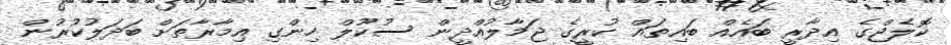
ކޮލެޖްގެ އިދާރީ ބައެއް ބައިތައް ކުރީގެ ޖަމާލުއްދީން ސުކޫލް ހިންގި އިމާރާތަށް ބަދަލުކުރުން